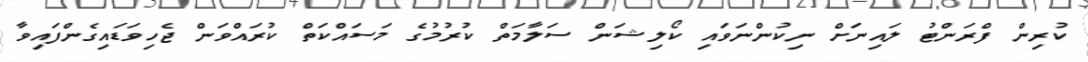
ކުރިން ފްރަންޓު ލައިނަށް ނިކުންނަވައި ކޯލިޝަން ސަލާމަތް ކުރުމުގެ މަސައްކަތް ކުރައްވަން ޖެހިވަޑައިގެންފައިވާ